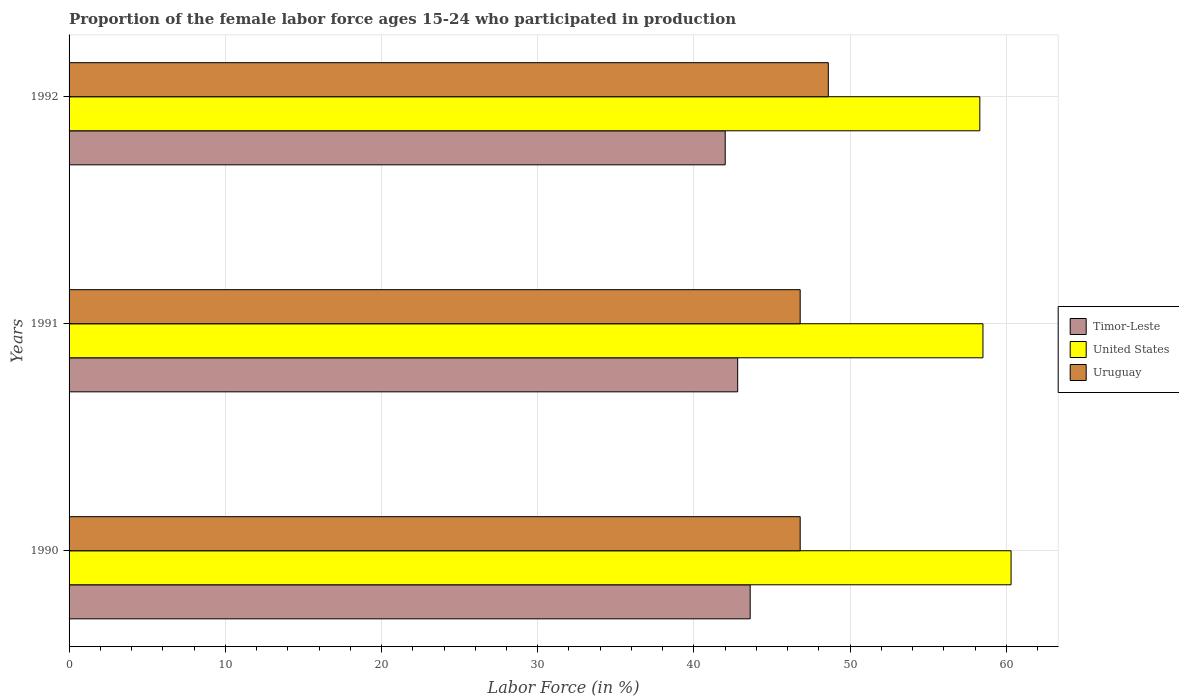
| Years | Timor-Leste | United States | Uruguay |
 | --- | --- | --- | --- |
 | 1990 | 43.6 | 60.3 | 46.8 |
 | 1991 | 42.8 | 58.5 | 46.8 |
 | 1992 | 42 | 58.3 | 48.6 |